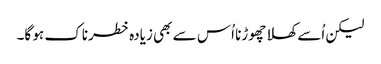
لیکن اُسے کھلا چھوڑنا اُس سے بھی زیادہ خطرناک ہو گا۔